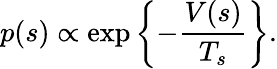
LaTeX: p(s)\propto\exp\left\{ -\frac{V(s)}{T_{s}}\right\} .